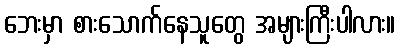
ဘေးမှာ စားသောက်နေသူတွေ အများကြီးပါလား။